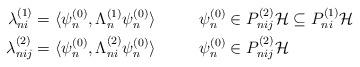
LaTeX: \begin{align*}\begin{aligned}\lambda_{ni}^{(1)} &= \langle \psi^{(0)}_{n}, \Lambda_{n}^{(1)} \psi^{(0)}_{n}\rangle ~~~~~~~~\psi^{(0)}_{n} \in P_{nij}^{(2)}\mathcal{H} \subseteq P_{ni}^{(1)}\mathcal{H} \\\lambda_{nij}^{(2)} &= \langle \psi^{(0)}_{n}, \Lambda_{ni}^{(2)} \psi^{(0)}_{n}\rangle ~~~~~~~~\psi^{(0)}_{n} \in P_{nij}^{(2)}\mathcal{H}\end{aligned}\end{align*}